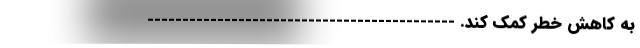
به کاهش خطر کمک کند. --------------------------------------------